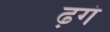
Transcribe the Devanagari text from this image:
ढ़गं